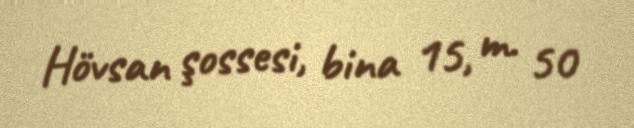
Hövsan şossesi, bina 15, m. 50